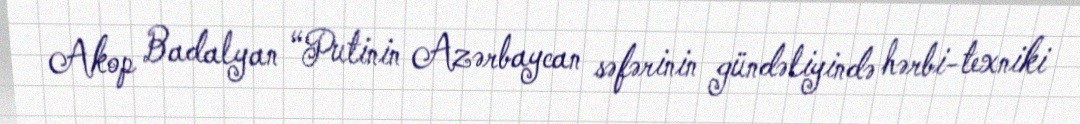
Akop Badalyan “Putinin Azərbaycan səfərinin gündəliyində hərbi-texniki